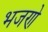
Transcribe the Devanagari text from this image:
भजणे